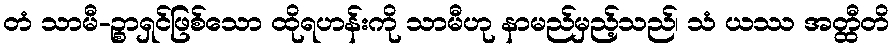
တံ သာမီ-ဉ္စာရှင်ဖြစ်သော ထိုရဟန်းကို သာမီဟု နာမည်မှည့်သည်၊ သံ ယဿ အတ္ထီတိ